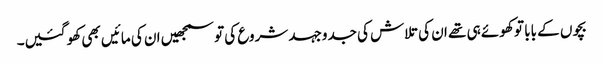
بچوں کے بابا تو کھوئے ہی تھے ان کی تلاش کی جدوجہد شروع کی تو سمجھیں ان کی مائیں بھی کھو گئیں۔